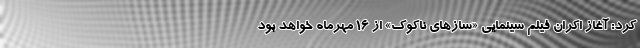
کرد: آغاز اکران فیلم سینمایی «ساز‌های ناکوک» از 16 مهرماه خواهد بود